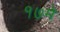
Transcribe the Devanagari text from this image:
१७मे